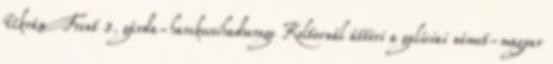
Ukrán Front 3. gárda-harckocsihadserege Koltovnál áttöri a galíciai német-magyar